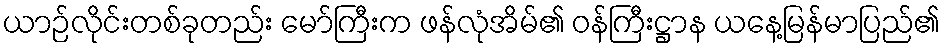
ယာဉ်လိုင်းတစ်ခုတည်း မော်ကြီးက ဖန်လုံအိမ်၏ ဝန်ကြီးဋ္ဌာန ယနေ့မြန်မာပြည်၏